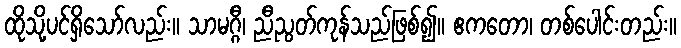
ထိုသို့ပင်ရှိသော်လည်း။ သာမဂ္ဂီ၊ ညီညွတ်ကုန်သည်ဖြစ်၍။ ဧကတော၊ တစ်ပေါင်းတည်း။